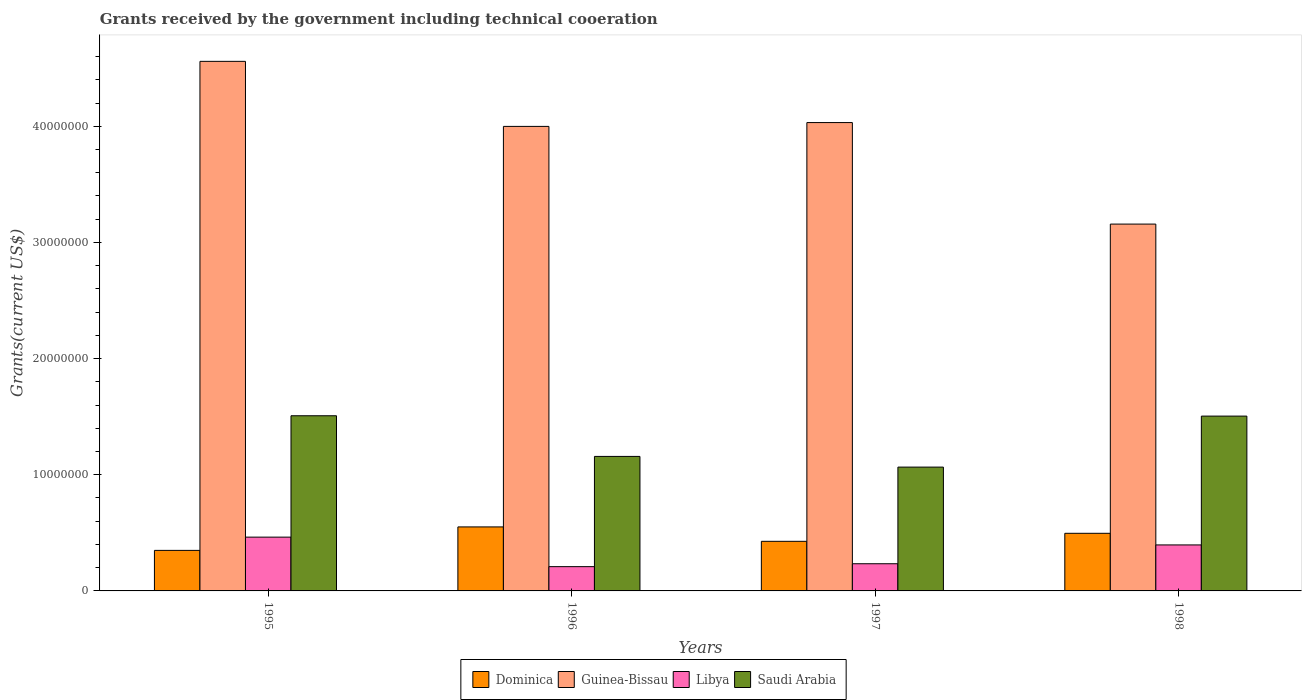
| Years | Dominica | Guinea-Bissau | Libya | Saudi Arabia |
 | --- | --- | --- | --- | --- |
 | 1995 | 3.49e+06 | 4.56e+07 | 4.63e+06 | 1.51e+07 |
 | 1996 | 5.51e+06 | 4e+07 | 2.09e+06 | 1.16e+07 |
 | 1997 | 4.27e+06 | 4.03e+07 | 2.34e+06 | 1.07e+07 |
 | 1998 | 4.96e+06 | 3.16e+07 | 3.96e+06 | 1.50e+07 |